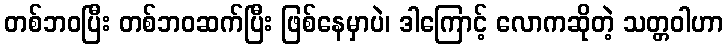
တစ်ဘဝပြီး တစ်ဘဝဆက်ပြီး ဖြစ်နေမှာပဲ၊ ဒါကြောင့် လောကဆိုတဲ့ သတ္တဝါဟာ